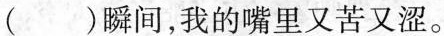
（）瞬间，我的嘴里又苦又涩。